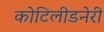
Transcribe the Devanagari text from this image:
कोटिलीडनेरी